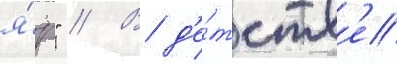
я́р" // В д'е́тств'е